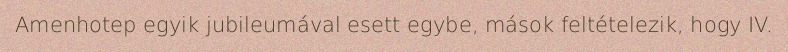
Amenhotep egyik jubileumával esett egybe, mások feltételezik, hogy IV.